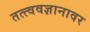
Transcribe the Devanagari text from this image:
तत्त्ववज्ञानावर